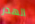
الهدر